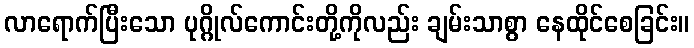
လာရောက်ပြီးသော ပုဂ္ဂိုလ်ကောင်းတို့ကိုလည်း ချမ်းသာစွာ နေထိုင်စေခြင်း။